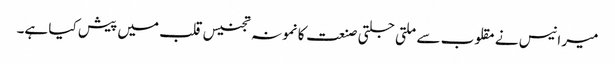
میر انیس نے مقلوب سے ملتی جلتی صنعت کا نمونہ تجنیس قلب میں پیش کیا ہے۔